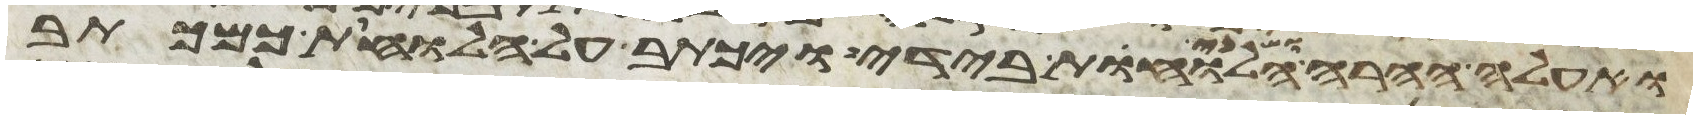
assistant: ואעלה ההרה ושני הלוחות בידי ויכתב על הלוחות כמכתב